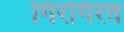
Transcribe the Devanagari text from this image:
गिरगिरत